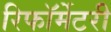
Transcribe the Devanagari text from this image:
रिफॉर्मेटरी